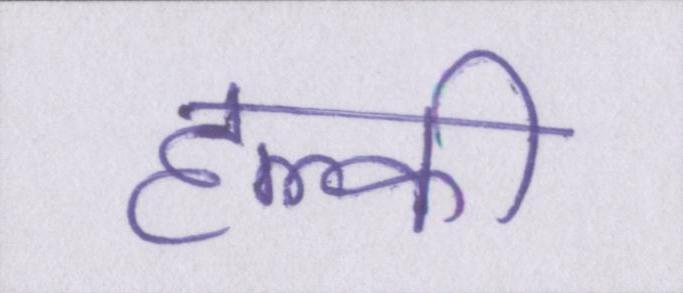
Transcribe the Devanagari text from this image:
हल्की